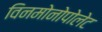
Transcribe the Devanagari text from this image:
विनमोनोपोलेट